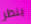
ينظر